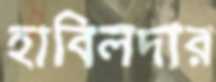
হাবিলদার